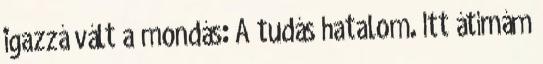
igazzá vált a mondás: A tudás hatalom. Itt átírnám